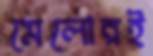
মেলোরই